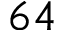
6 4